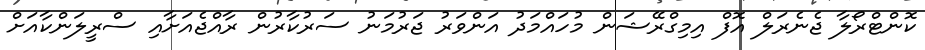
ކޮންޓްރޯލާ ޖެނެރަލް އޮފް އިމިގްރޭޝަން މުހައްމަދު އަންވަރު ޖަރުމަނު ސަރުކާރުން ރާއްޖެއަށާއި ސްރީލަންކާއަށް